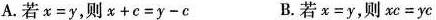
A.若x=y，则x+c=y-c B.若x=y，则xc=yc